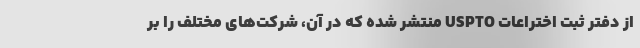
از دفتر ثبت اختراعات USPTO منتشر شده که در آن، شرکت‌های مختلف را بر